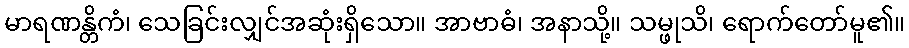
မာရဏန္တိကံ၊ သေခြင်းလျှင်အဆုံးရှိသော။ အာဗာဓံ၊ အနာသို့။ သမ္ဖုသိ၊ ရောက်တော်မူ၏။